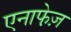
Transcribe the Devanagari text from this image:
एनाफे़ज़